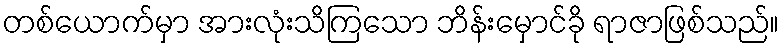
တစ်ယောက်မှာ အားလုံးသိကြသော ဘိန်းမှောင်ခို ရာဇာဖြစ်သည်။